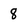
Character: 8